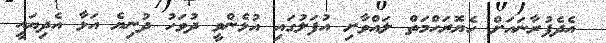
އެދެފުރާނައަށް ހެޔޮރަހްމަތް ލައްވާށި އުފަލުގައި އުޅެންވީ ދުވަހު ދުނިޔެ އަޅާ އެދިޔައީ